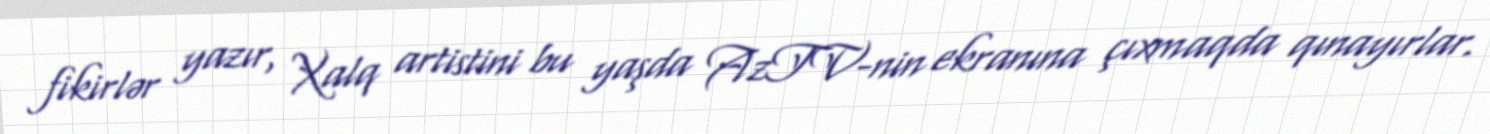
fikirlər yazır, Xalq artistini bu yaşda AzTV-nin ekranına çıxmaqda qınayırlar.